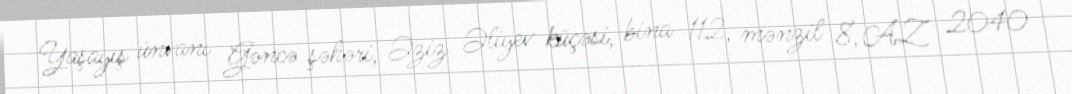
Yaşayış ünvanı Gəncə şəhəri, Əziz Əliyev küçəsi, bina 112, mənzil 8, AZ 2040